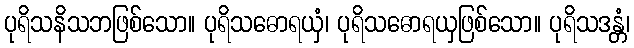
ပုရိသနိသဘဖြစ်သော။ ပုရိသဓောရယှံ၊ ပုရိသဓောရယှဖြစ်သော။ ပုရိသဒန္တံ၊